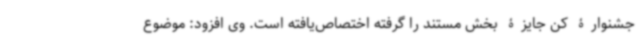
جشنوارۀ کن جایزۀ بخش مستند را گرفته اختصاص‌یافته است. وی افزود: موضوع